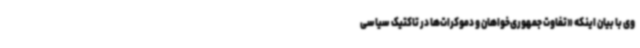
وی با بیان اینکه «تفاوت جمهوری‌خواهان و دموکرات‌ها در تاکتیک سیاسی